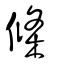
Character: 樤